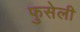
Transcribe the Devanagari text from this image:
फुसेली